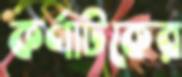
কর্ণাটকের